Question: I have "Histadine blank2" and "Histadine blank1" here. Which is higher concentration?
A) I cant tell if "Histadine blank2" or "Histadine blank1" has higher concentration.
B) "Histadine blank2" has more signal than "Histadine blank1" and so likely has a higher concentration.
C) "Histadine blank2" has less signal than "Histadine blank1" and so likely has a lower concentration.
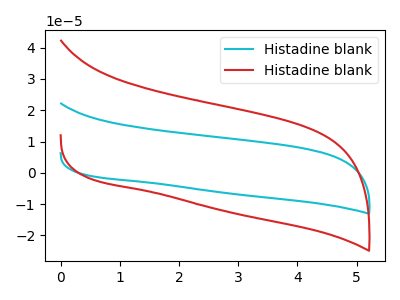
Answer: <think>The cyan curve "Histadine blank1" has no peaks. The red curve "Histadine blank2" has no peaks.
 Neither "Histadine blank2" or "Histadine blank1" have any peaks.</think>
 <answer>A) I cant tell if "Histadine blank2" or "Histadine blank1" has higher concentration.</answer>
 <eval>A</eval>